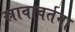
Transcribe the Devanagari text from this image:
स्रावावर्तना